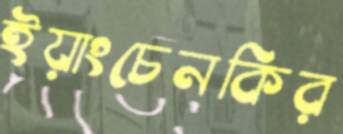
ইয়াংচেনকির